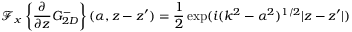
\mathcal { F } _ { x } \left\{ \frac { \partial } { \partial z } G _ { 2 D } ^ { - } \right\} ( \alpha , z - z ^ { \prime } ) = \frac { 1 } { 2 } \exp ( i ( k ^ { 2 } - \alpha ^ { 2 } ) ^ { 1 / 2 } | z - z ^ { \prime } | )